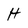
Character: H